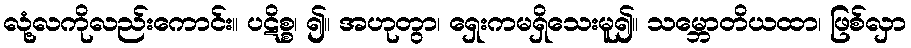
လုံ့လကိုလည်းကောင်း။ ပဋိစ္စ၊ ၍။ အဟုတွာ၊ ရှေးကမရှိသေးမူ၍။ သမ္ဘောတိယထာ၊ ဖြစ်လှာ